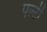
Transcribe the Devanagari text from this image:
पल्टी